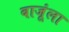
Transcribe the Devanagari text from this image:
बाजूंला